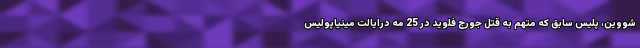
شووین، پلیس سابق که متهم به قتل جورج فلوید در 25 مه درایالت مینیاپولیس